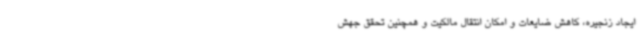
ایجاد زنجیره، کاهش ضایعات و امکان انتقال مالکیت و همچنین تحقق جهش